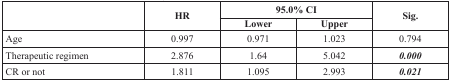
| <ROWSPAN=2>  | <ROWSPAN=2> HR | <COLSPAN=2> 95.0% CI | <ROWSPAN=2> Sig. |
 | Lower | Upper |
 | --- | --- | --- | --- | --- |
 | Age | 0.997 | 0.971 | 1.023 | 0.794 |
 | Therapeutic regimen | 2.876 | 1.64 | 5.042 | 0.000 |
 | CR or not | 1.811 | 1.095 | 2.993 | 0.021 |